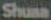
Shusa